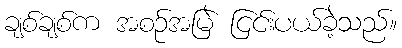
ချစ်ချစ်က အစဉ်အမြဲ ငြင်းပယ်ခဲ့သည်။